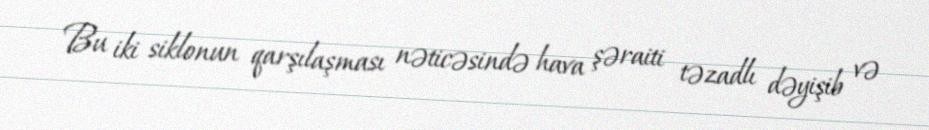
Bu iki siklonun qarşılaşması nəticəsində hava şəraiti təzadlı dəyişib və